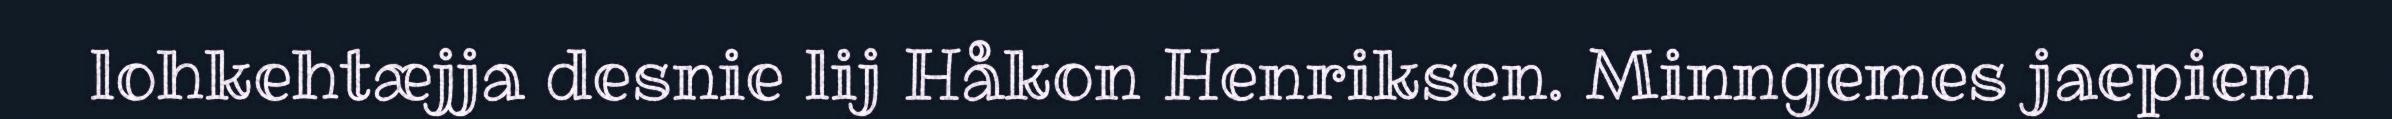
lohkehtæjja desnie lij Håkon Henriksen. Minngemes jaepiem